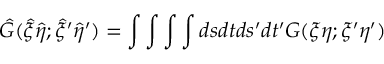
{ \hat { G } } ( { \hat { \xi } } { \hat { \eta } } ; { \hat { \xi } } ^ { \prime } { \hat { \eta } } ^ { \prime } ) = \int \int \int \int d s d t d s ^ { \prime } d t ^ { \prime } G ( \xi \eta ; { \xi } ^ { \prime } { \eta } ^ { \prime } )